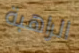
الراهبة